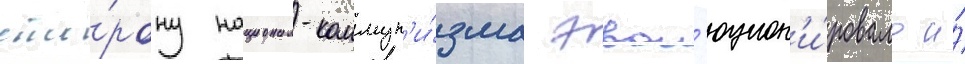
сто́рону национал-коммун'и́зма эвол'юцион'и́ровало и́